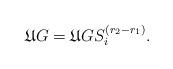
LaTeX: \begin{align*}\mathfrak{U}G=\mathfrak{U}GS^{(r_2-r_1)}_i.\end{align*}